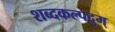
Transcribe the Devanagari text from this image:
शब्दकल्पद्रुम्